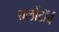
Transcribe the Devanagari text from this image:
बलोंटॉर्च